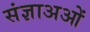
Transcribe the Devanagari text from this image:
संज्ञाअओं